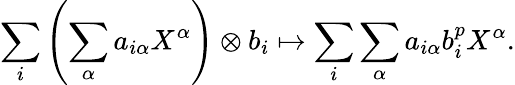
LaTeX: \sum_{i}\left(\sum_{\alpha}a_{i\alpha}X^{\alpha}\right)\otimes b_{i}\mapsto\sum_{i}\sum_{\alpha}a_{i\alpha}b_{i}^{p}X^{\alpha}.